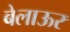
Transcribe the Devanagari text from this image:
बेलाऊर